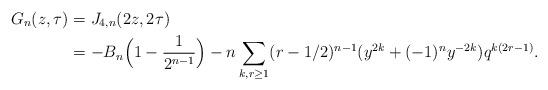
LaTeX: \begin{align*} G_n(z, \tau) & = J_{4,n}(2z, 2 \tau) \\& = -B_n \Big( 1 - \frac{1}{2^{n - 1}} \Big) - n \sum_{k , r \geq 1} (r - 1/2)^{n - 1} (y^{2k} + (-1)^n y^{-2k}) q^{k (2 r - 1)}. \end{align*}